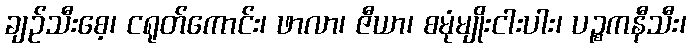
ချဉ်သီးစေ့၊ ငရုတ်ကောင်း၊ ဖာလာ၊ ဇီယာ၊ စမုံမျိုးငါးပါး၊ ပဉ္စကနီသီး၊